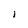
Character: l